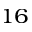
^ { 1 6 }